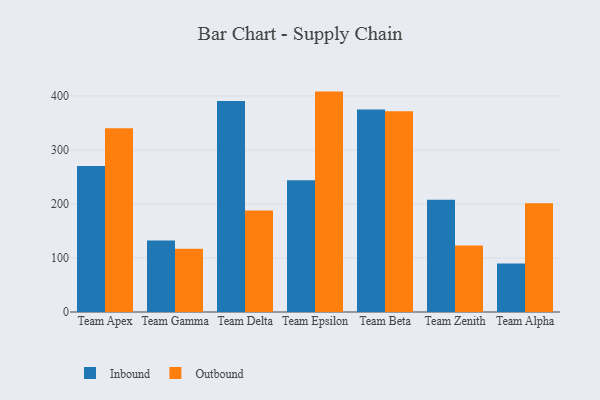
{"axis": {"x": "Team", "y": "Budget (USD K)"}, "legend": ["Inbound", "Outbound"], "data": [{"x": "Team Apex", "y": 270.4, "type": "Inbound"}, {"x": "Team Apex", "y": 340.0, "type": "Outbound"}, {"x": "Team Gamma", "y": 132.2, "type": "Inbound"}, {"x": "Team Gamma", "y": 117.1, "type": "Outbound"}, {"x": "Team Delta", "y": 390.7, "type": "Inbound"}, {"x": "Team Delta", "y": 188.0, "type": "Outbound"}, {"x": "Team Epsilon", "y": 243.9, "type": "Inbound"}, {"x": "Team Epsilon", "y": 408.0, "type": "Outbound"}, {"x": "Team Beta", "y": 374.8, "type": "Inbound"}, {"x": "Team Beta", "y": 371.8, "type": "Outbound"}, {"x": "Team Zenith", "y": 207.7, "type": "Inbound"}, {"x": "Team Zenith", "y": 123.0, "type": "Outbound"}, {"x": "Team Alpha", "y": 89.9, "type": "Inbound"}, {"x": "Team Alpha", "y": 201.2, "type": "Outbound"}]}